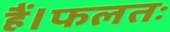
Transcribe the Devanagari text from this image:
हैं।फलतः